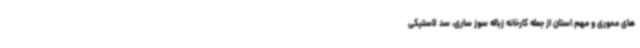
های محوری و مهم استان از جمله کارخانه زباله سوز ساری، سد لاستیکی